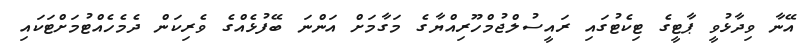
އޭނާ ވިދާޅުވީ ޕާޓީގެ ޓިކެޓުގައި ރައީސުލްޖުމްހޫރިއްޔާގެ މަގާމަށް އަންނަ ބޭފުޅެއްގެ ވެރިކަން ދެމެހެއްޓުމަށްޓަކައި